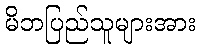
မိဘပြည်သူများအား